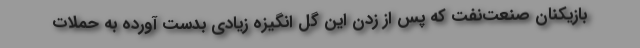
بازیکنان صنعت‌نفت که پس از زدن این گل انگیزه زیادی بدست آورده به حملات